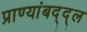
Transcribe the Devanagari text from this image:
प्राण्यांबद्द्ल